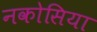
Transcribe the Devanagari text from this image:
नकोसिया